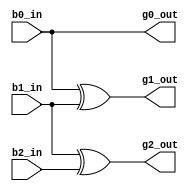
`timescale 1ns / 1ps
//////////////////////////////////////////////////////////////////////////////////
// Company: 
// Engineer: 
// 
// Design Name: 
// Module Name: binary_to_gray
// Project Name: 
// Target Devices: 
// Tool Versions: 
// Description: 
// 
// Dependencies: 
// 
// Revision:
// Revision 0.01 - File Created
// Additional Comments:
// 
//////////////////////////////////////////////////////////////////////////////////


module binary_to_gray(
input b0_in ,
input b1_in,
input b2_in,
output g0_out,
output g1_out,
output g2_out
    );
    
  assign g0_out =b0_in;
  assign g1_out =(b0_in ^  b1_in); 
  assign g2_out =(b1_in ^  b2_in); 
endmodule